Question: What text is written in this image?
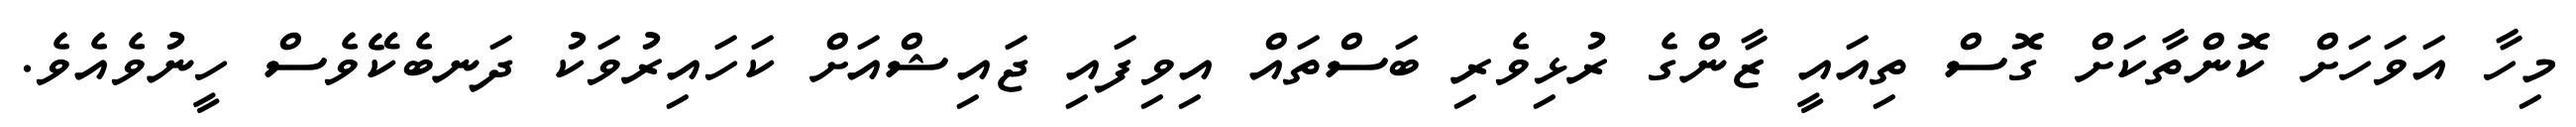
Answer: މިހާ އަވަހަށް ކޮންތާކަށް ގޮސް ތިއައީ ޒާންގެ ރުޅިވެރި ބަސްތައް އިވިފައި ޖައިޝްއަށް ކަހައިރުވަކު ދަނބެކޭވެސް ހީނުވެއެވެ.